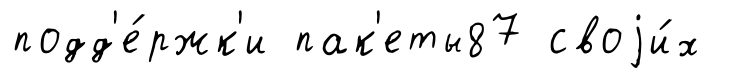
подд'е́ржк'и пак'еты87 своjи́х